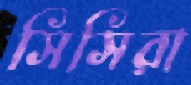
সিসিরা